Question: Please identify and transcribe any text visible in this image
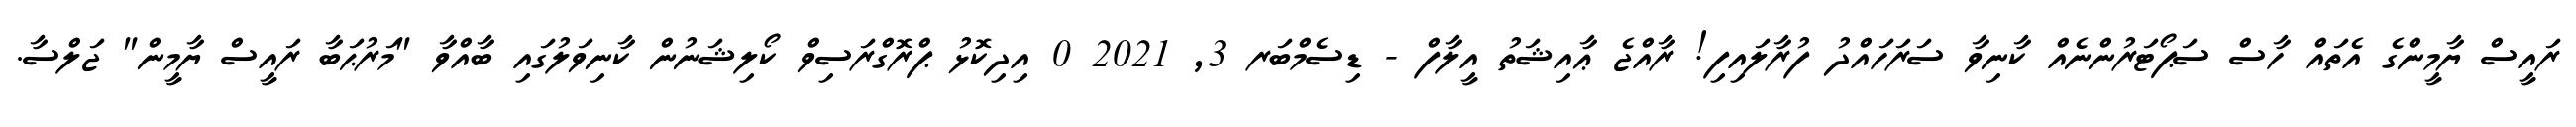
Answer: ރައީސް ޔާމީންގެ އެތައް ހާސް ސަޕޯޓަރުންނެއް ކާނިވާ ސަރަހައްދު ފުރާލައިފި! ރާއްޖެ ޢާއިޝަތު އީލާފް - ޑިސެމްބަރ 3, 2021 0 އިދިކޮޅު ޕްރޮގްރަސިވް ކޯލިޝަނުން ކާނިވަލުގައި ބާއްވާ "މަރުޙަބާ ރައީސް ޔާމީން" ޖަލްސާ.